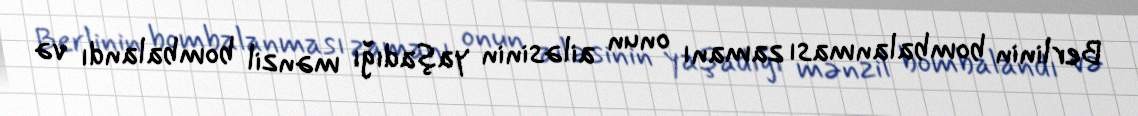
Berlinin bombalanması zamanı onun ailəsinin yaşadığı mənzil bombalandı və